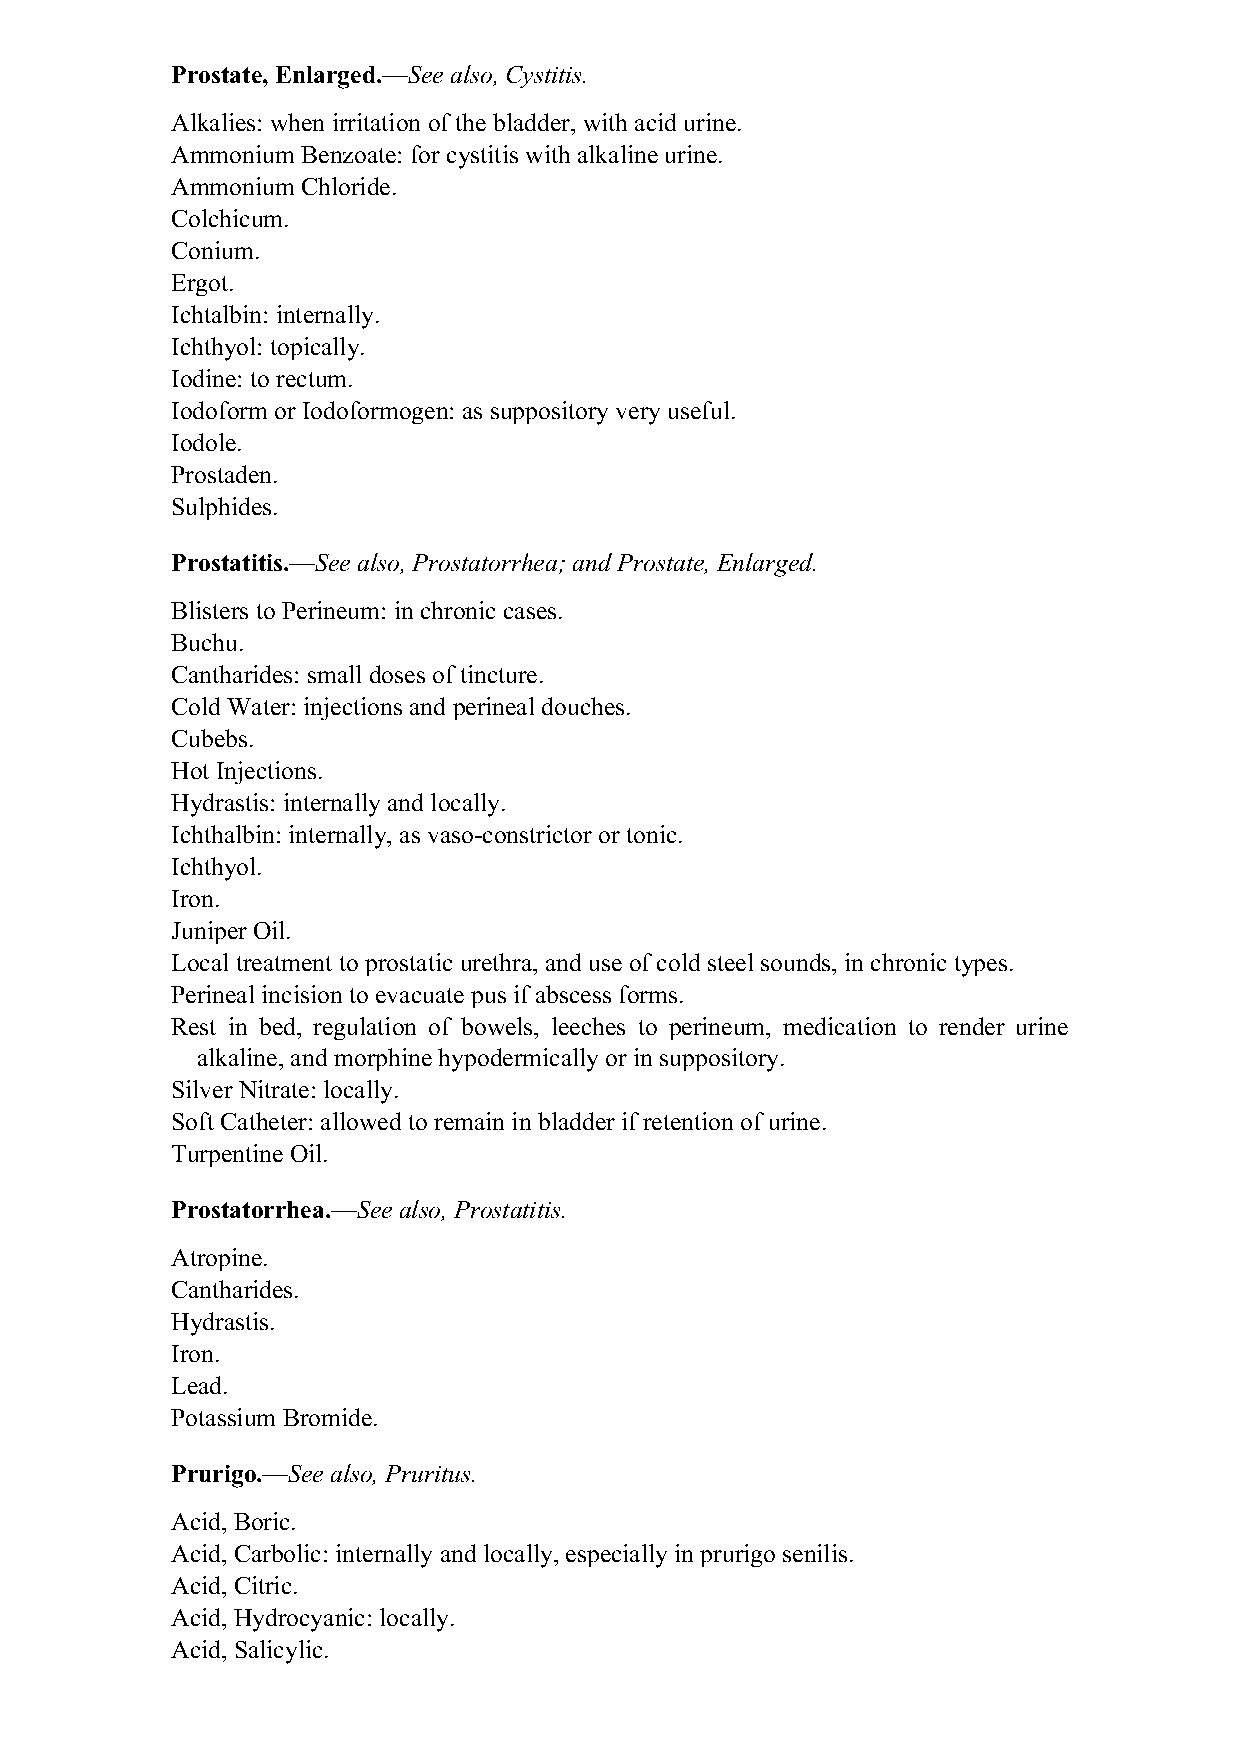
Prostate, Enlarged.—See also, Cystitis.
 Alkalies: when irritation of the bladder, with acid urine.
 Ammonium Benzoate: for cystitis with alkaline urine.
 Ammonium Chloride.
 Colchicum.
 Conium.
 Ergot.
 Ichtalbin: internally.
 Ichthyol: topically.
 Iodine: to rectum.
 Iodoform or Iodoformogen: as suppository very useful.
 Iodole.
 Prostaden.
 Sulphides.
 Prostatitis.—See also, Prostatorrhea; and Prostate, Enlarged.
 Blisters to Perineum: in chronic cases.
 Buchu.
 Cantharides: small doses of tincture.
 Cold Water: injections and perineal douches.
 Cubebs.
 Hot Injections.
 Hydrastis: internally and locally.
 Ichthalbin: internally, as vaso-constrictor or tonic.
 Ichthyol.
 Iron.
 Juniper Oil.
 Local treatment to prostatic urethra, and use of cold steel sounds, in chronic types.
 Perineal incision to evacuate pus if abscess forms.
 Rest in bed, regulation of bowels, leeches to perineum, medication to render urine
 alkaline, and morphine hypodermically or in suppository.
 Silver Nitrate: locally.
 Soft Catheter: allowed to remain in bladder if retention of urine.
 Turpentine Oil.
 Prostatorrhea.—See also, Prostatitis.
 Atropine.
 Cantharides.
 Hydrastis.
 Iron.
 Lead.
 Potassium Bromide.
 Prurigo.—See also, Pruritus.
 Acid, Boric.
 Acid, Carbolic: internally and locally, especially in prurigo senilis.
 Acid, Citric.
 Acid, Hydrocyanic: locally.
 Acid, Salicylic.